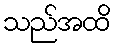
သည်အထိ